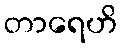
တာရေဟိ